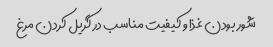
شور بودن غذا و کیفیت مناسب در گریل کردن مرغ